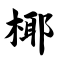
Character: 椰